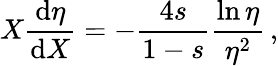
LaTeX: X\frac{\mathrm{d}\eta}{\mathrm{d}X}=-\frac{4s}{1-s}\frac{\ln\eta}{\eta^{2}}\, ,